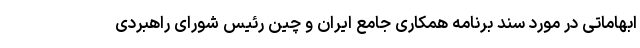
ابهاماتی در مورد سند برنامه همکاری جامع ایران و چین رئیس شورای راهبردی